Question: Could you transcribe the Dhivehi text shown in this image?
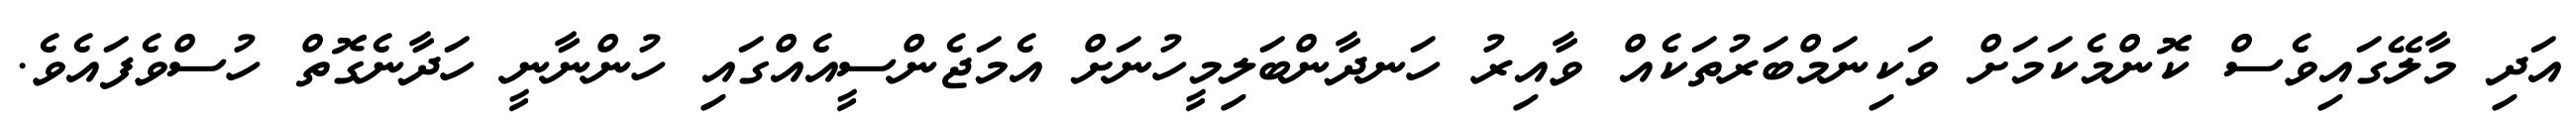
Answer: އަދި މާލޭގައިވެސް ކޮންމެކަމަށް ވަކިނަމްބަރުތަކެއް ވާއިރު ހަނދާންބަލިމީހުނަށް އެމަޖެންސީއެއްގައި ހުންނާނީ ހަދާނެގޮތް ހުސްވެފައެވެ.